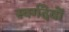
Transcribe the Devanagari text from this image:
स्वर्गदेवों